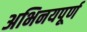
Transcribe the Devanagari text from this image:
अभिनयपूर्ण